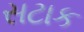
સટાક